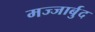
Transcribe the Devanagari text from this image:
मज्जार्बुद